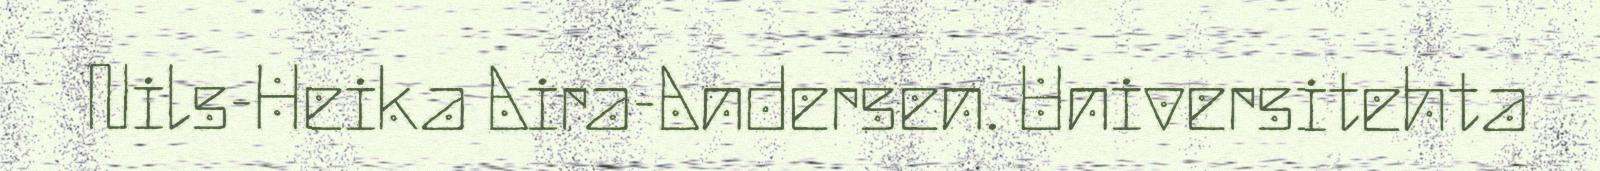
Nils-Heika Aira-Andersen. Universitehta